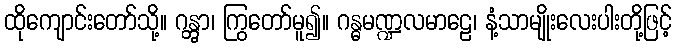
ထိုကျောင်းတော်သို့။ ဂန္တွာ၊ ကြွတော်မူ၍။ ဂန္ဓမဏ္ဍလမာဠေ၊ နံ့သာမျိုးလေးပါးတို့ဖြင့်